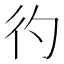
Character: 彴